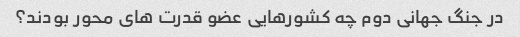
در جنگ جهانی دوم چه کشورهایی عضو قدرت های محور بودند؟